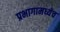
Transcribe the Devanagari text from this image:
प्रभागामध्येच